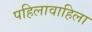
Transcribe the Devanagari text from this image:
पहिलावाहिला